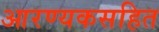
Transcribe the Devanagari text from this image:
आरण्यकसहित